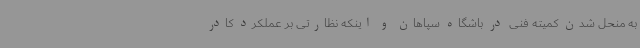
به منحل شدن کمیته‌ فنی در باشگاه سپاهان و اینکه نظارتی بر عملکرد کادر